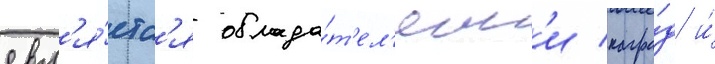
явл'я́етс'я облада́т'ел'ям'и награ́д и́